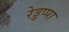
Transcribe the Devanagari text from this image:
रेड्डप्पा